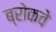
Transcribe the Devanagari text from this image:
ब्रोकवे